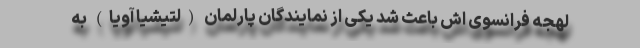
لهجه فرانسوی اش باعث شد یکی از نمایندگان پارلمان (لتیشیا آویا) به